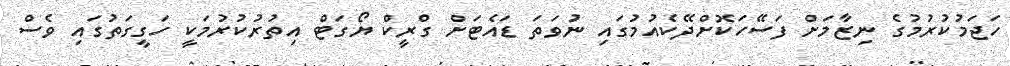
ހަޖަމުކުރުމުގެ ނިޒާމަށް ފަސޭހަކޮށްދޭކެއުމުގައި ނުވަތަ ޑައެޓަށް ގްރީކް ޔޯގަޓް އިތުރުކުރުމަކީ ހަގީގަތުގައި ވެސް